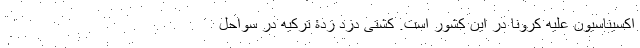
اکسیناسیون علیه کرونا در این کشور است. کشتی دزد زدۀ ترکیه در سواحل